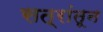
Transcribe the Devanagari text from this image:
सत्रांतून